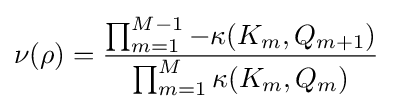
\nu (\rho )={\frac {\prod _{m=1}^{M-1}-\kappa (K_{m},Q_{m+1})}{\prod _{m=1}^{M}\kappa (K_{m},Q_{m})}}